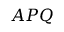
A P Q